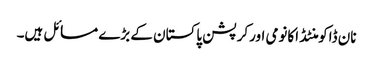
نان ڈاکومنٹڈ اکانومی اورکرپشن پاکستان کے بڑے مسائل ہیں۔